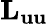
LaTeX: {{\mathbf{L}}_{{\mathbf{uu}}}}